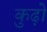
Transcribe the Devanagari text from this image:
कुढ़ो